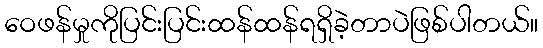
ဝေဖန်မှုကိုပြင်းပြင်းထန်ထန်ရရှိခဲ့တာပဲဖြစ်ပါတယ်။